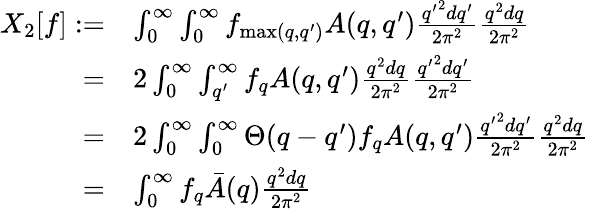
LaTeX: \begin{array}{rl}{X_{2}[f]:=}&{\int_{0}^{\infty}\int_{0}^{\infty}f_{\operatorname*{max}(q,q^{\prime})}A(q,q^{\prime})\frac{{q^{\prime}}^{2}dq^{\prime}}{2\pi^{2}}\frac{q^{2}dq}{2\pi^{2}}}\\ {=}&{2\int_{0}^{\infty}\int_{q^{\prime}}^{\infty}f_{q}A(q,q^{\prime})\frac{q^{2}dq}{2\pi^{2}}\frac{{q^{\prime}}^{2}dq^{\prime}}{2\pi^{2}}}\\ {=}&{2\int_{0}^{\infty}\int_{0}^{\infty}\Theta(q-q^{\prime})f_{q}A(q,q^{\prime})\frac{{q^{\prime}}^{2}dq^{\prime}}{2\pi^{2}}\frac{q^{2}dq}{2\pi^{2}}}\\ {=}&{\int_{0}^{\infty}f_{q}\bar{A}(q)\frac{q^{2}dq}{2\pi^{2}}}\end{array}